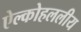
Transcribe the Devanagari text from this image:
ऐल्कोहललीय